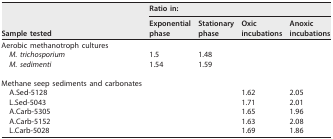
<table><thead><tr><td rowspan="2"><b>Sample tested</b></td><td colspan="4"><b>Ratio in:</b></td></tr><tr><td><b>Exponential phase</b></td><td><b>Stationary phase</b></td><td><b>Oxic incubations</b></td><td><b>Anoxic incubations</b></td></tr></thead><tbody><tr><td>Aerobic methanotroph cultures</td><td></td><td></td><td></td><td></td></tr><tr><td><i>M. trichosporium</i></td><td>1.5</td><td>1.48</td><td></td><td></td></tr><tr><td><i>M. sedimenti</i></td><td>1.54</td><td>1.59</td><td></td><td></td></tr><tr><td colspan="3"> </td><td></td><td></td></tr><tr><td>Methane seep sediments and carbonates</td><td></td><td></td><td></td><td></td></tr><tr><td>A.Sed-5128</td><td></td><td></td><td>1.62</td><td>2.05</td></tr><tr><td>L.Sed-5043</td><td></td><td></td><td>1.71</td><td>2.01</td></tr><tr><td>A.Carb-5305</td><td></td><td></td><td>1.65</td><td>1.96</td></tr><tr><td>A.Carb-5152</td><td></td><td></td><td>1.63</td><td>2.08</td></tr><tr><td>L.Carb-5028</td><td></td><td></td><td>1.69</td><td>1.86</td></tr></tbody></table>